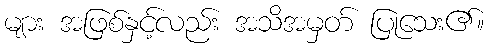
များ အဖြစ်နှင့်လည်း အသိအမှတ် ပြုသေး၏။